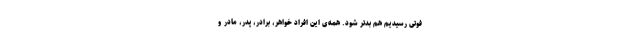
فوتی رسیدیم هم بدتر شود. همه‌ی این افراد خواهر، برادر، پدر، مادر و